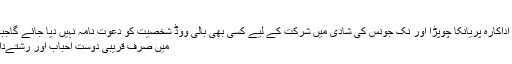
خلیج ٹائمز کی
رپورٹ کے مطابق اداکارہ پریانکا چوپڑا اور نک جونس کی شادی میں شرکت کے لیے کسی بھی بالی ووڈ شخصیت کو دعوت نامہ نہیں دیا جائے گاجبکہ شادی کی تقریب
میں صرف قریبی دوست احباب اور رشتےدار شرکت کریںگے۔